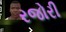
રજોરી